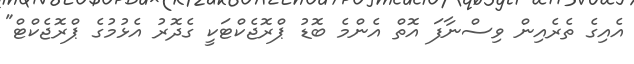
އެއިގެ ތެރެއިން ވިސްނާފަ އޮތް އެންމެ ބޮޑު ޕްރޮޖެކްޓަކީ ގެދޮރު އެޅުމުގެ ޕްރޮޖެކްޓް"